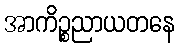
အာကိဉ္စညာယတနေ